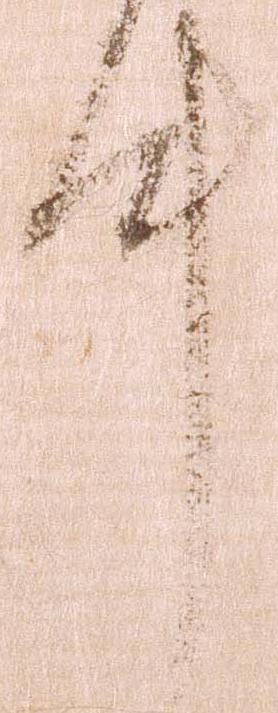
件